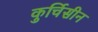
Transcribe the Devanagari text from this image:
कुर्चिसीन